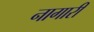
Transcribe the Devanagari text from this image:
नागारी